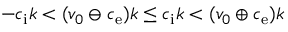
- c _ { \mathrm { i } } k < ( v _ { 0 } \ominus c _ { \mathrm { e } } ) k \le c _ { \mathrm { i } } k < ( v _ { 0 } \oplus c _ { \mathrm { e } } ) k